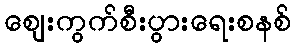
ဈေးကွက်စီးပွားရေးစနစ်